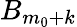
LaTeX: B_{m_{0}+k}